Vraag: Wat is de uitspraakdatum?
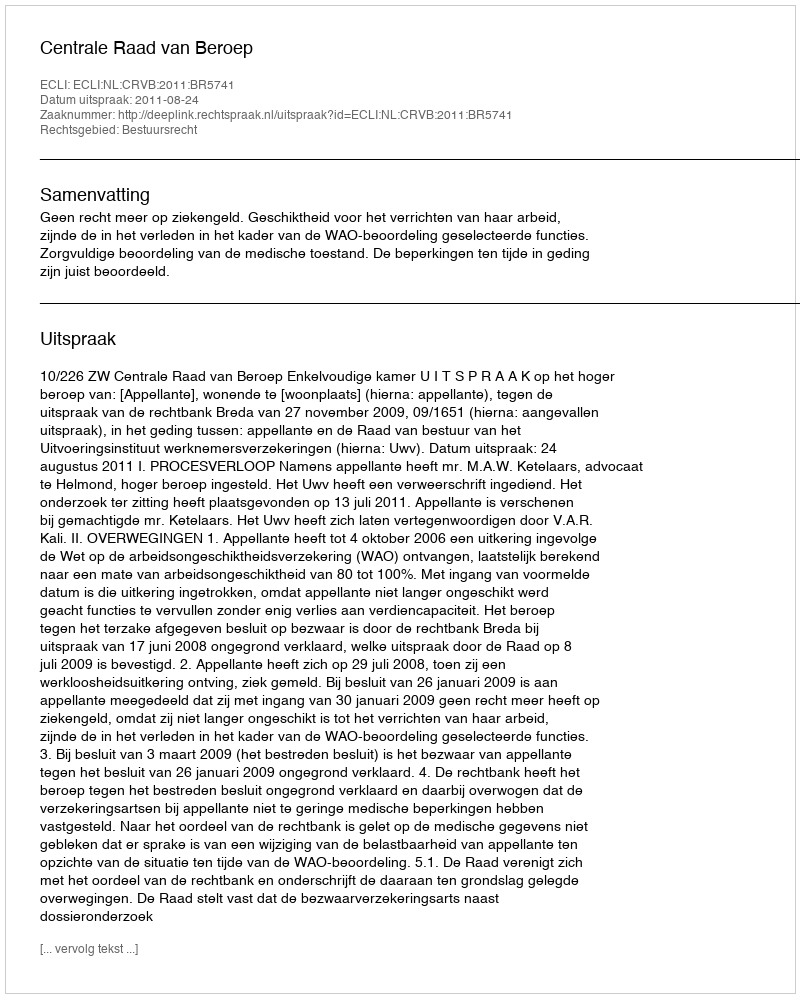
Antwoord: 2011-08-24